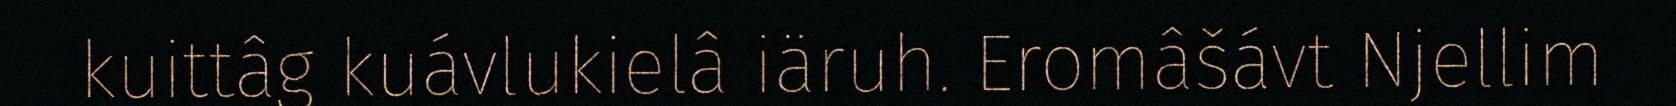
kuittâg kuávlukielâ iäruh. Eromâšávt Njellim